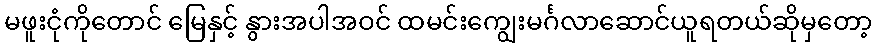
မဖူးငုံကိုတောင် မြေနှင့် နွားအပါအဝင် ထမင်းကျွေးမင်္ဂလာဆောင်ယူရတယ်ဆိုမှတော့